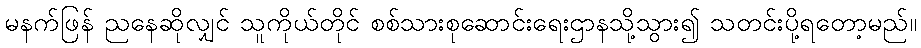
မနက်ဖြန် ညနေဆိုလျှင် သူကိုယ်တိုင် စစ်သားစုဆောင်းရေးဌာနသို့သွား၍ သတင်းပို့ရတော့မည်။